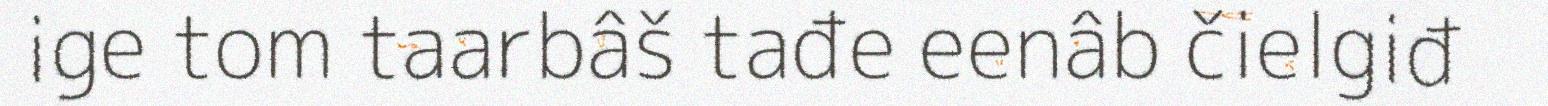
ige tom taarbâš tađe eenâb čielgiđ